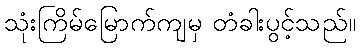
သုံးကြိမ်မြောက်ကျမှ တံခါးပွင့်သည်။